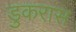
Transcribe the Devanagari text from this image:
डुकरास